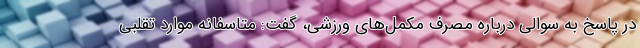
در پاسخ به سوالی درباره مصرف مکمل‌های ورزشی، گفت: متاسفانه موارد تقلبی